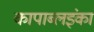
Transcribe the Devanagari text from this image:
कापाब्लइंका